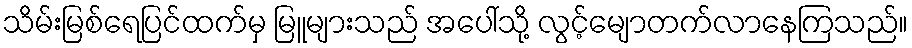
သိမ်းမြစ်ရေပြင်ထက်မှ မြူများသည် အပေါ်သို့ လွင့်မျောတက်လာနေကြသည်။